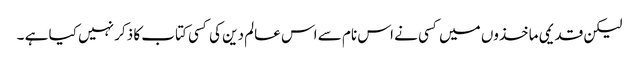
لیکن قدیمی ماخذوں میں کسی نے اس نام سے اس عالم دین کی کسی کتاب کا ذکر نہیں کیا ہے ۔